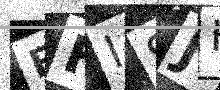
Text: EFISJH